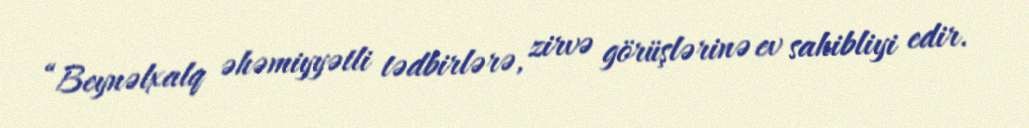
“Beynəlxalq əhəmiyyətli tədbirlərə, zirvə görüşlərinə ev sahibliyi edir.